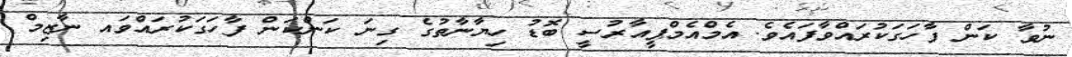
ނުވާ ކަން ފާހަގަކުރައްވާފައެވެ. އެމްއެމްޕީއާރުސީ ބޮޑު ހިޔާނާތުގެ ގިނަ ކަންކަން ފާހަަގަކުރައްވައ ނާޒިމް